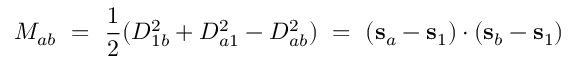
M _ { a b } \ = \ \frac { 1 } { 2 } ( D _ { 1 b } ^ { 2 } + D _ { a 1 } ^ { 2 } - D _ { a b } ^ { 2 } ) \ = \ ( \mathbf s _ { a } - \mathbf s _ { 1 } ) \cdot ( \mathbf s _ { b } - \mathbf s _ { 1 } )